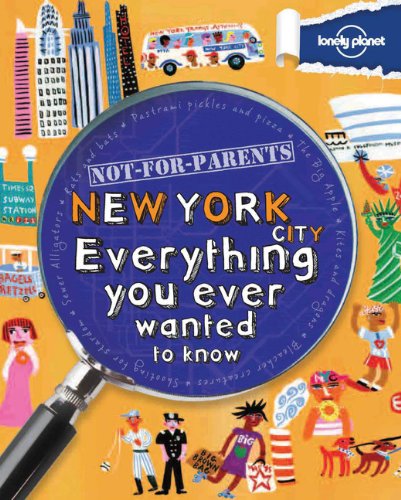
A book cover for Not For Parents New York City: Everything You Ever Wanted to Know (Lonely Planet Not for Parents); Lonely Planet; Children's Books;